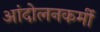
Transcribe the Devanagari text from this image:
आंदोलनकर्मी